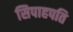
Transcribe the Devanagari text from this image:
सिपाहपति